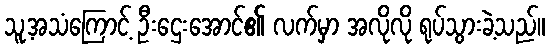
သူ့အသံကြောင့် ဦးဌေးအောင်၏ လက်မှာ အလိုလို ရုပ်သွားခဲ့သည်။